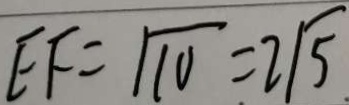
E F = \sqrt { 1 0 } = 2 \sqrt { 5 }